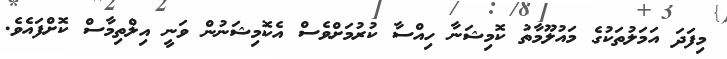
މިފަދަ އަމަލުތަކުގެ މައުލޫމާތު ކޮމިޝަނާ ހިއްސާ ކުރުމަށްވެސް އެކޮމިޝަނުން ވަނީ އިލްތިމާސް ކޮށްފައެވެ.